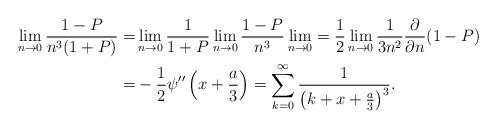
LaTeX: \begin{align*}\lim_{n\rightarrow 0}\frac{1-P}{n^3(1+P)}=&\lim_{n\rightarrow 0}\frac{1}{1+P}\lim_{n\rightarrow 0}\frac{1-P}{n^3}\lim_{n\rightarrow 0}=\frac 12\lim_{n\rightarrow 0}\frac{1}{3n^2}\frac {\partial}{\partial n}(1-P)\\=&-\frac{1}{2}\psi''\left(x+\frac a3\right)=\sum_{k=0}^{\infty}\frac{1}{\left(k+x+\frac a3\right)^3}.\end{align*}